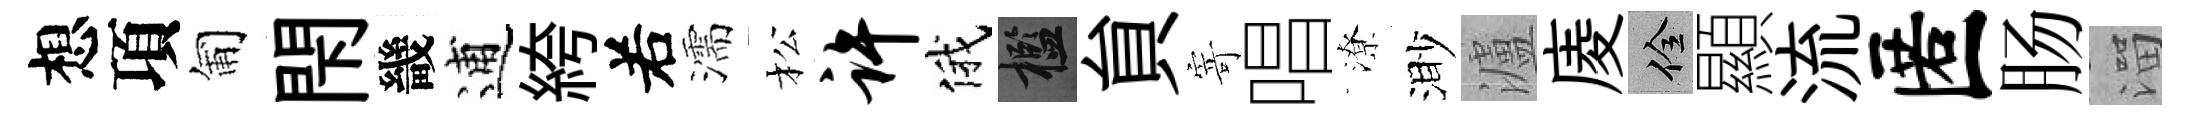
想項匍閇畿逋絝𠰥濡松许俄檻貟寄唱潦渺瀘庱佺顯流匿肠溜